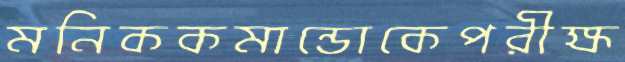
মনিককমান্ডোকেপরীক্ষ